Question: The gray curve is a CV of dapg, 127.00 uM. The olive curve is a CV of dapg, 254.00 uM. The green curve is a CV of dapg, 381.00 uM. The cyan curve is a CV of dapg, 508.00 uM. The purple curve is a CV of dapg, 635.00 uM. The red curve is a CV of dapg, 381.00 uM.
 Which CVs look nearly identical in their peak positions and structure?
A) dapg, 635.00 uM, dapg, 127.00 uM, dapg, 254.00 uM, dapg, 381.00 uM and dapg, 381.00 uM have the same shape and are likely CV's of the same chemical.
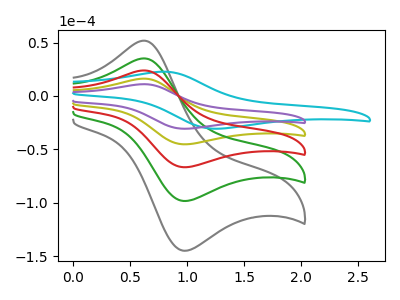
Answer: <think>The gray curve "dapg, 127.00 uM" has an anodic peak at (0.65V, 64.70uA) and a cathodic peak at (1.00V, -181.20uA). The olive curve "dapg, 254.00 uM" has an anodic peak at (0.65V, 16.15uA) and a cathodic peak at (1.00V, -45.30uA). The green curve "dapg, 381.00 uM" has an anodic peak at (0.65V, 48.50uA) and a cathodic peak at (1.00V, -135.90uA). The cyan curve "dapg, 508.00 uM" has an anodic peak at (0.80V, 22.70uA) and a cathodic peak at (1.30V, -30.75uA). The purple curve "dapg, 635.00 uM" has an anodic peak at (0.65V, 11.00uA) and a cathodic peak at (1.00V, -30.75uA). The red curve "dapg, 381.00 uM" has an anodic peak at (0.65V, 32.35uA) and a cathodic peak at (1.00V, -90.60uA).
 All the peaks in "dapg, 127.00 uM" have a peak in "dapg, 254.00 uM" at the same potential. Every peak in "dapg, 127.00 uM" is higher than every peak in "dapg, 254.00 uM". All the peaks in "dapg, 127.00 uM" have a peak in "dapg, 381.00 uM" at the same potential. Every peak in "dapg, 127.00 uM" is higher than every peak in "dapg, 381.00 uM". "dapg, 127.00 uM" and "dapg, 508.00 uM" have at least one peak that do not match. All the peaks in "dapg, 127.00 uM" have a peak in "dapg, 635.00 uM" at the same potential. Every peak in "dapg, 127.00 uM" is higher than every peak in "dapg, 635.00 uM". All the peaks in "dapg, 127.00 uM" have a peak in "dapg, 381.00 uM" at the same potential. Every peak in "dapg, 127.00 uM" is higher than every peak in "dapg, 381.00 uM". All the peaks in "dapg, 254.00 uM" have a peak in "dapg, 381.00 uM" at the same potential. Every peak in "dapg, 254.00 uM" is lower than every peak in "dapg, 381.00 uM". "dapg, 254.00 uM" and "dapg, 508.00 uM" have at least one peak that do not match. All the peaks in "dapg, 254.00 uM" have a peak in "dapg, 635.00 uM" at the same potential. Every peak in "dapg, 254.00 uM" is higher than every peak in "dapg, 635.00 uM". All the peaks in "dapg, 254.00 uM" have a peak in "dapg, 381.00 uM" at the same potential. Every peak in "dapg, 254.00 uM" is lower than every peak in "dapg, 381.00 uM". "dapg, 381.00 uM" and "dapg, 508.00 uM" have at least one peak that do not match. All the peaks in "dapg, 381.00 uM" have a peak in "dapg, 635.00 uM" at the same potential. Every peak in "dapg, 381.00 uM" is higher than every peak in "dapg, 635.00 uM". All the peaks in "dapg, 381.00 uM" have a peak in "dapg, 381.00 uM" at the same potential. Every peak in "dapg, 381.00 uM" is higher than every peak in "dapg, 381.00 uM". "dapg, 508.00 uM" and "dapg, 635.00 uM" have at least one peak that do not match. "dapg, 508.00 uM" and "dapg, 381.00 uM" have at least one peak that do not match. All the peaks in "dapg, 635.00 uM" have a peak in "dapg, 381.00 uM" at the same potential. Every peak in "dapg, 635.00 uM" is lower than every peak in "dapg, 381.00 uM".</think>
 <answer>A) "dapg, 635.00 uM", "dapg, 127.00 uM", "dapg, 254.00 uM", "dapg, 381.00 uM" and "dapg, 381.00 uM" have the same shape and are likely CV's of the same chemical.</answer>
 <eval>A</eval>